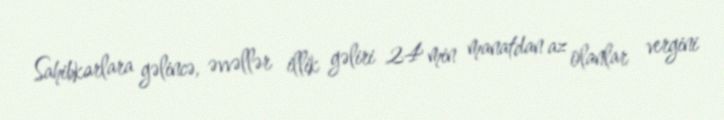
Sahibkarlara gəlincə, əvvəllər illik gəliri 24 min manatdan az olanlar vergini